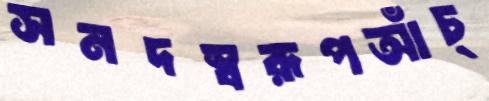
সনদস্বরূপআঁচ্‌